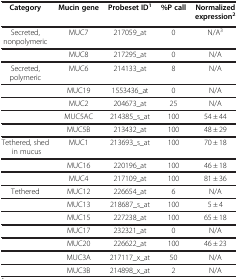
| Category | Mucin gene | Probeset ID1 | %P call | Normalizedexpression2 |
 | --- | --- | --- | --- | --- |
 | Secreted, nonpolymeric | MUC7 | 217059_at | 0 | N/A3 |
 |  | MUC8 | 217295_at | 0 | N/A |
 | Secreted, polymeric | MUC6 | 214133_at | 8 | N/A |
 |  | MUC19 | 1553436_at | 0 | N/A |
 |  | MUC2 | 204673_at | 25 | N/A |
 |  | MUC5AC | 214385_s_at | 100 | 54 ± 44 |
 |  | MUC5B | 213432_at | 100 | 48 ± 29 |
 | Tethered, shed in mucus | MUC1 | 213693_s_at | 100 | 70 ± 18 |
 |  | MUC16 | 220196_at | 100 | 46 ± 18 |
 |  | MUC4 | 217109_at | 100 | 81 ± 36 |
 | Tethered | MUC12 | 226654_at | 6 | N/A |
 |  | MUC13 | 218687_s_at | 100 | 5 ± 4 |
 |  | MUC15 | 227238_at | 100 | 65 ± 18 |
 |  | MUC17 | 232321_at | 0 | N/A |
 |  | MUC20 | 226622_at | 100 | 46 ± 23 |
 |  | MUC3A | 217117_x_at | 50 | N/A |
 |  | MUC3B | 214898_x_at | 2 | N/A |